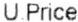
U.PRICE